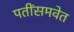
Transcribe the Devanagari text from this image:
पतींसमवेत